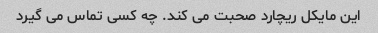
این مایکل ریچارد صحبت می کند. چه کسی تماس می گیرد